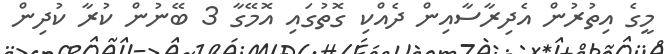
މީގެ އިތުރުން އެދިރާސާއިން ދެއްކި ގޮތުގައި އޮމޭގާ 3 ބޭނުން ކުރާ ކުދިން